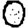
Digit: 0